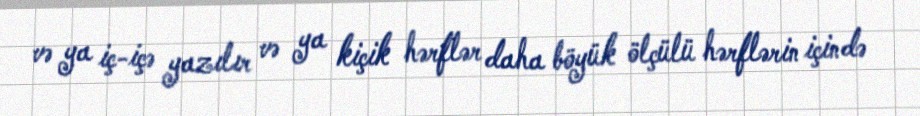
və ya iç-içə yazılır və ya kiçik hərflər daha böyük ölçülü hərflərin içində